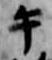
午